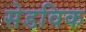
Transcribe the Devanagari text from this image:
सेडविक